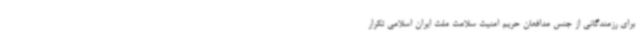
برای رزمندگانی از جنس مدافعان حریم امنیت سلامت ملت ایران اسلامی تکرار